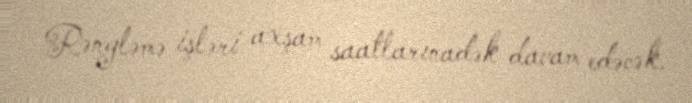
Rəngləmə işləri axşam saatlarınadək davam edəcək.